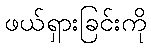
ဖယ်ရှားခြင်းကို